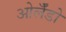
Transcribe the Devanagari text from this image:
ओर्लँडो